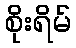
စိုးရိမ်